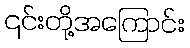
၎င်းတို့အကြောင်း